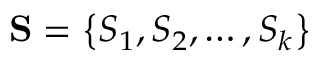
\mathbf { S } = \left\{ S _ { 1 } , S _ { 2 } , \ldots , S _ { k } \right\}